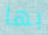
بها